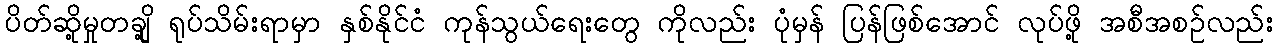
ပိတ်ဆို့မှုတချို့ ရုပ်သိမ်းရာမှာ နှစ်နိုင်ငံ ကုန်သွယ်ရေးတွေ ကိုလည်း ပုံမှန် ပြန်ဖြစ်အောင် လုပ်ဖို့ အစီအစဉ်လည်း